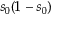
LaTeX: s _ { 0 } ( 1 - s _ { 0 } )